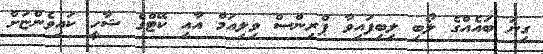
ގިނަ ބައެއްގެ ލޯބި ލިބިފައިވާ ޕްރިންސް ވިލިއަމް އާއި ކޭޓްގެ ޝާހީ ކައިވެންޏަށް